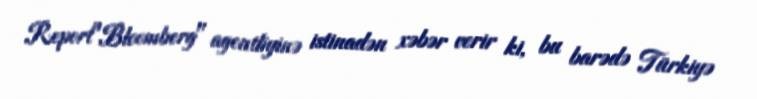
Report"Bloomberg" agentliyinə istinadən xəbər verir ki, bu barədə Türkiyə